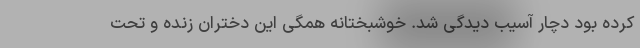
کرده بود دچار آسیب دیدگی شد. خوشبختانه همگی این دختران زنده و تحت